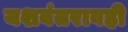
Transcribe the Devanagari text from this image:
यशवंतरावही